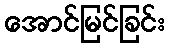
အောင်မြင်ခြင်း